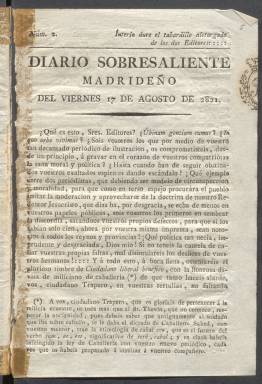
Título: Diario sobresaliente madrileño
Otros títulos: Diario sobresaliente
Colección: Periódicos anteriores a 1850
Ámbito geográfico: Madrid
Lugar de publicación: Madrid
Fechas: 17/08/1821-04/09/1821